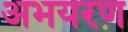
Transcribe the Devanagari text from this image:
अभयरण